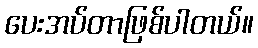
ပေးအပ်တာဖြစ်ပါတယ်။